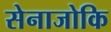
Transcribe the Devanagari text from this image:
सेनाजोकि